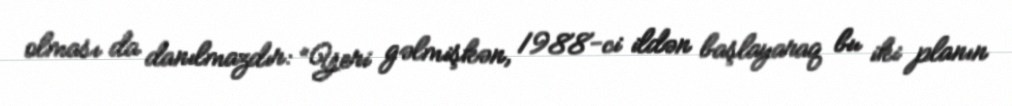
olması da danılmazdır: “Yeri gəlmişkən, 1988-ci ildən başlayaraq bu iki planın